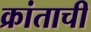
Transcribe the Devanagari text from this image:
क्रांताची